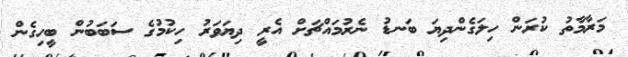
މަރާމާތު ކުރަން ހިލަގެންދިޔަ ބަނޑު ނެރުމައްޗަށް އެރީ ދިޔަވަރު ހިކުމުގެ ސަބަބުން ބީހިގެން